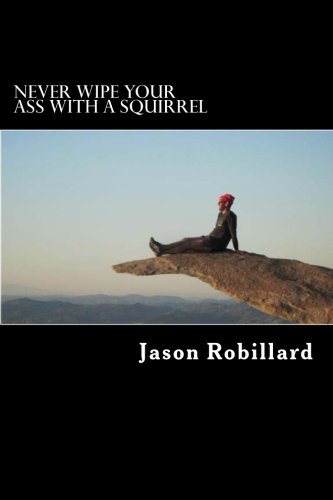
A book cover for Never Wipe Your Ass with a Squirrel: A trail running, ultramarathon, and wilderness survival guide for weird folks; Jason Robillard; Health, Fitness & Dieting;